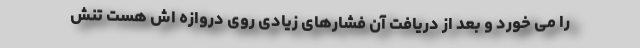
را می خورد و بعد از دریافت آن فشارهای زیادی روی دروازه اش هست تنش